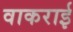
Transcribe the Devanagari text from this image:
वाकराई